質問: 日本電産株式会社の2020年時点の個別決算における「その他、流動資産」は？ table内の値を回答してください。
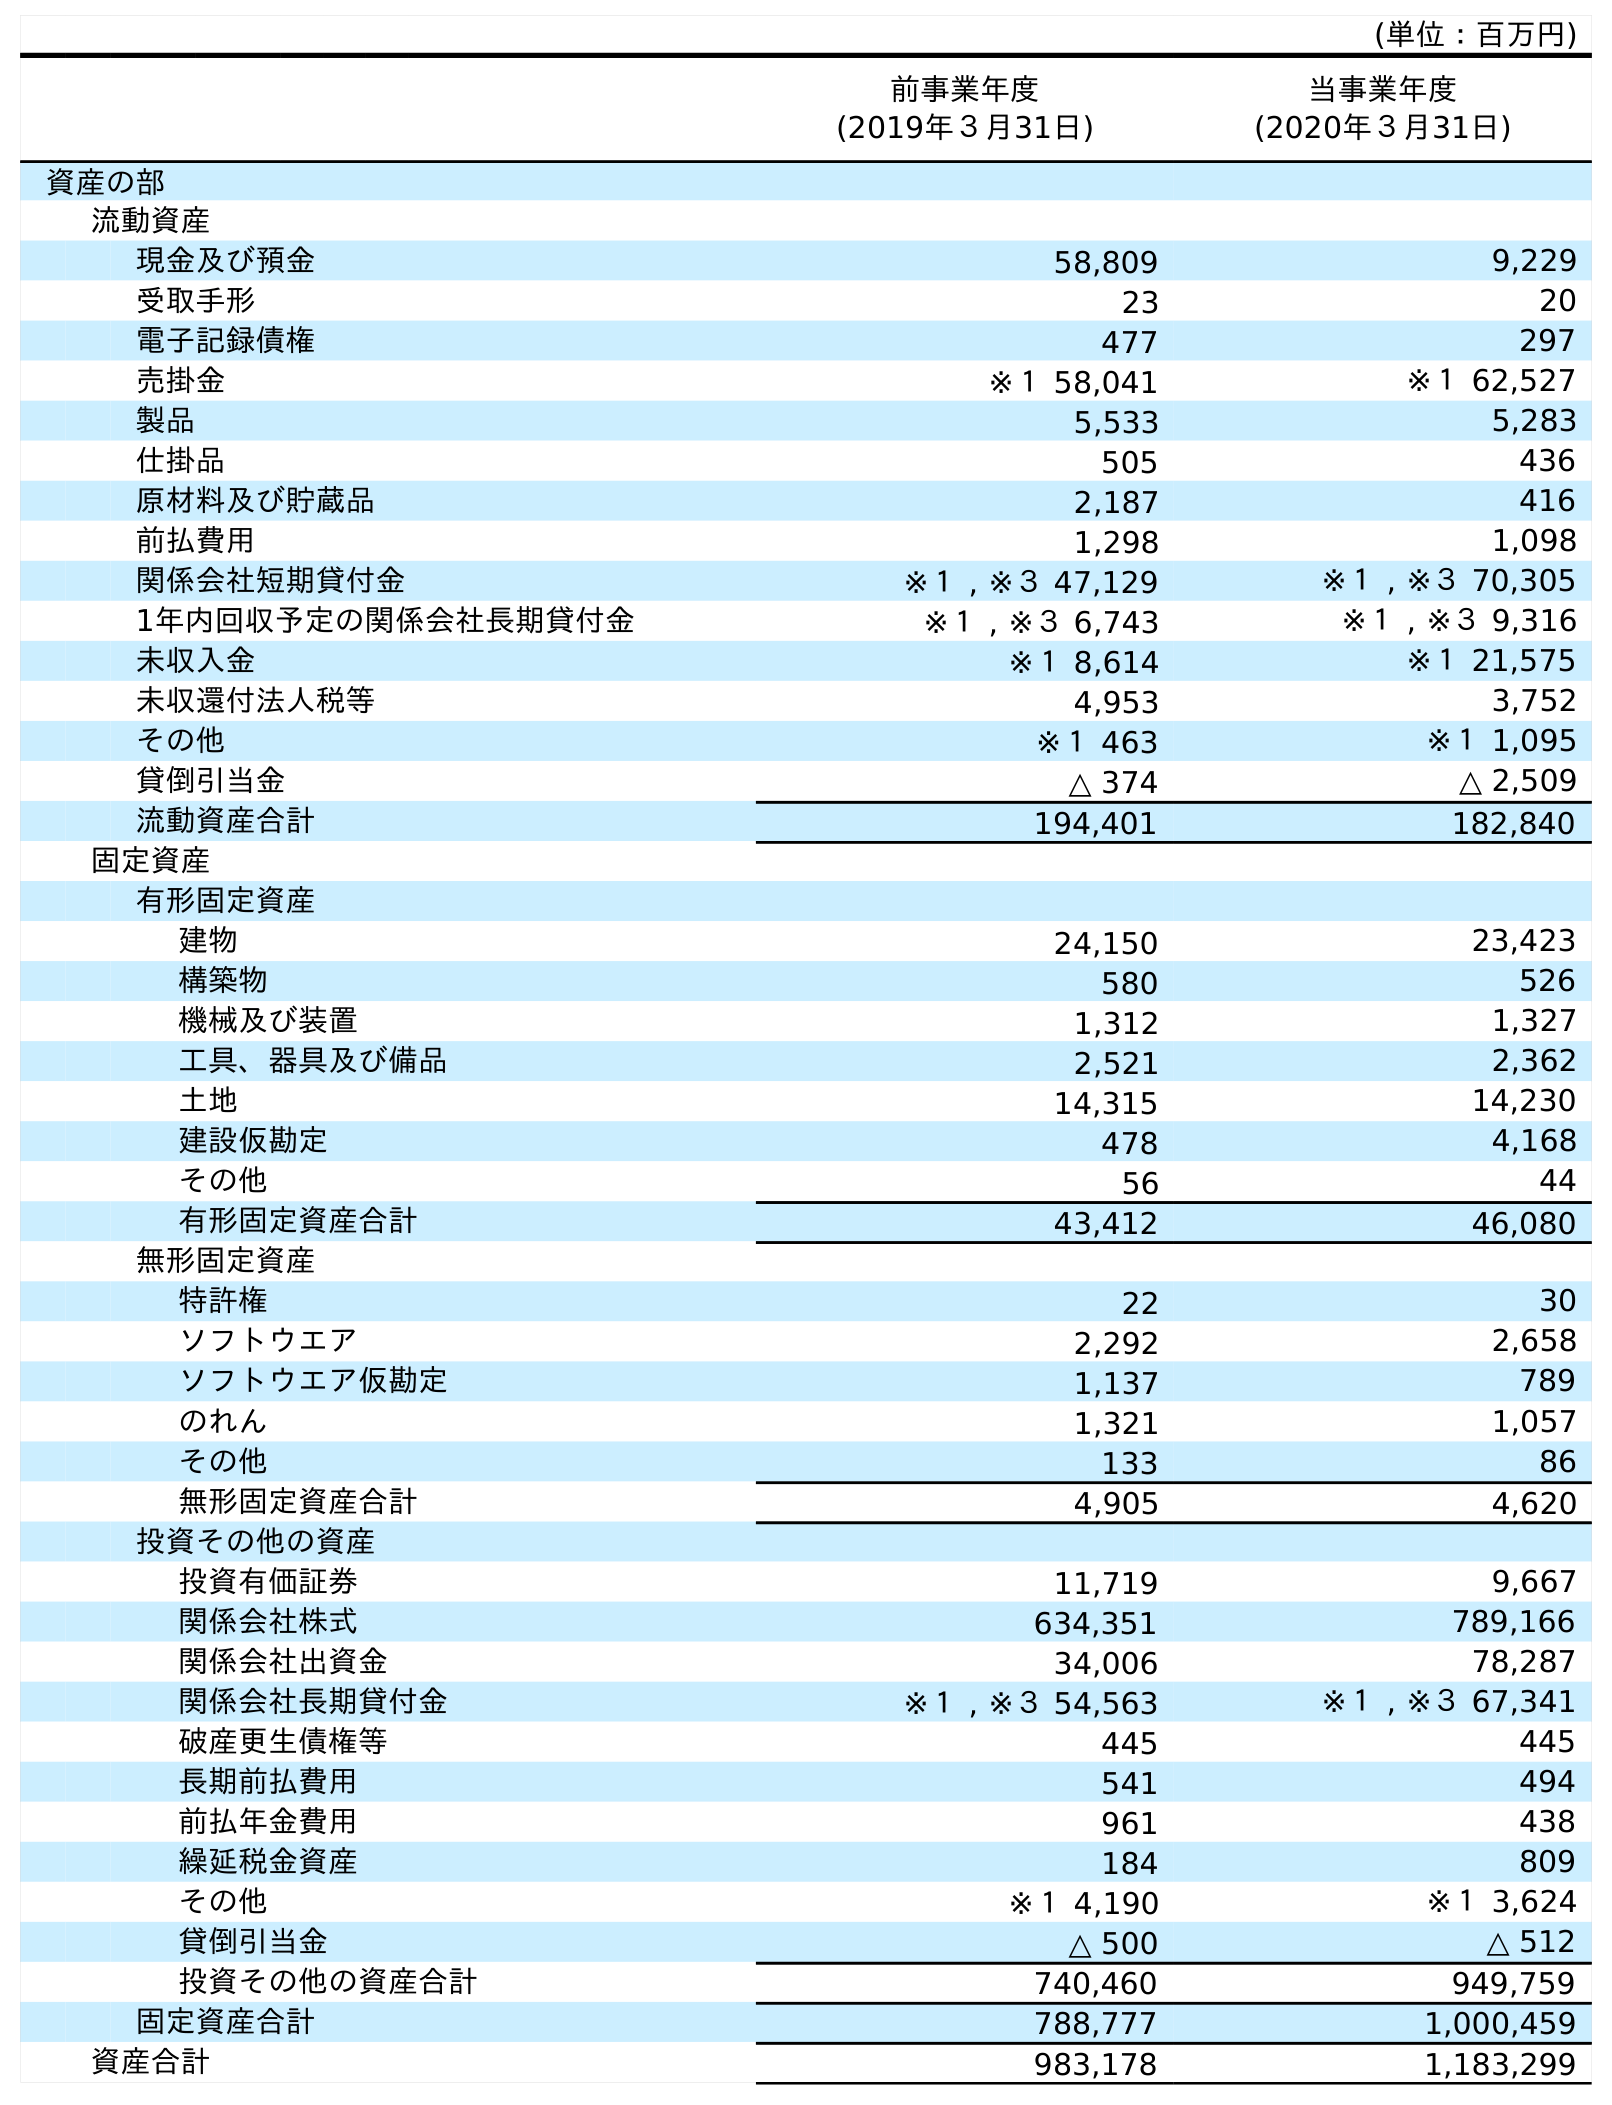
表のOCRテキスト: (単位：百万円) 前事業年度 (2019年３月31日) 当事業年度 (2020年３月31日) 資産の部 流動資産 現金及び預金 58,809 9,229 受取手形 23 20 電子記録債権 477 297 売掛金 ※１ 58,041 ※１ 62,527 製品 5,533 5,283 仕掛品 505 436 原材料及び貯蔵品 2,187 416 前払費用 1,298 1,098 関係会社短期貸付金 ※１ , ※３ 47,129 ※１ , ※３ 70,305 1年内回収予定の関係会社長期貸付金 ※１ , ※３ 6,743 ※１ , ※３ 9,316 未収入金 ※１ 8,614 ※１ 21,575 未収還付法人税等 4,953 3,752 その他 ※１ 463 ※１ 1,095 貸倒引当金 △ 374 △ 2,509 流動資産合計 194,401 182,840 固定資産 有形固定資産 建物 24,150 23,423 構築物 580 526 機械及び装置 1,312 1,327 工具、器具及び備品 2,521 2,362 土地 14,315 14,230 建設仮勘定 478 4,168 その他 56 44 有形固定資産合計 43,412 46,080 無形固定資産 特許権 22 30 ソフトウエア 2,292 2,658 ソフトウエア仮勘定 1,137 789 のれん 1,321 1,057 その他 133 86 無形固定資産合計 4,905 4,620 投資その他の資産 投資有価証券 11,719 9,667 関係会社株式 634,351 789,166 関係会社出資金 34,006 78,287 関係会社長期貸付金 ※１ , ※３ 54,563 ※１ , ※３ 67,341 破産更生債権等 445 445 長期前払費用 541 494 前払年金費用 961 438 繰延税金資産 184 809 その他 ※１ 4,190 ※１ 3,624 貸倒引当金 △ 500 △ 512 投資その他の資産合計 740,460 949,759 固定資産合計 788,777 1,000,459 資産合計 983,178 1,183,299
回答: ※１1,095